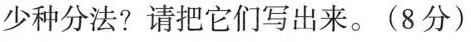
少种分法?请把它们写出来。(8分)